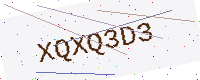
Text: XQXQ3D3